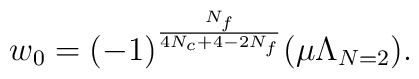
w_{0} = (-1)^{\frac{N_{f}}{4N_{c}+4-2N_{f}}}(\mu\Lambda_{N=2}).